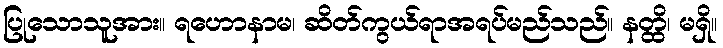
ပြုသောသူအား။ ရဟောနာမ၊ ဆိတ်ကွယ်ရာအရပ်မည်သည်။ နတ္ထိ၊ မရှိ။